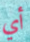
أي